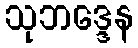
သုဘဒ္ဒေန